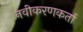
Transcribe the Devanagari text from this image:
नवीकरणकर्ता